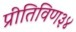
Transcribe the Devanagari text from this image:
प्रीतिविण३४